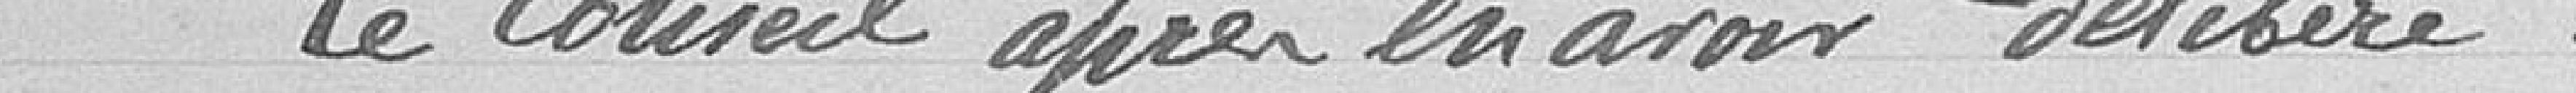
Le Conseil après en avoir délibéré :